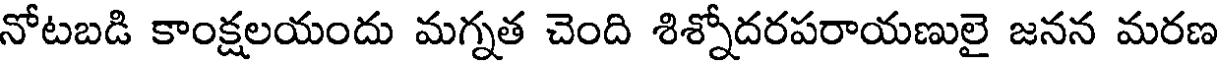
నోటబడి కాంక్షలయందు మగ్నత చెంది శిశ్నోదరపరాయణులై జనన మరణ